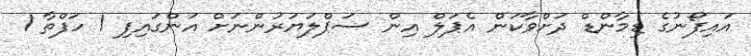
އައިފޯނުގެ ޑިމާންޑް ދަށްވާކަން އެޕަލް އިން ސަޕްލަޔަރުންނަށް އަންގައިފި 1 ހަފްތާ 1